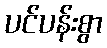
ပင်ပန်းစွာ